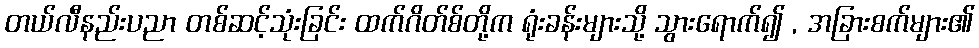
တယ်လီနည်းပညာ တစ်ဆင့်သုံးခြင်း ထက်ဂိတ်စ်တို့က ရုံးခန်းများသို့ သွားရောက်၍ , အခြားစက်များ၏